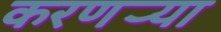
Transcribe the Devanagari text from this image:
करणर्‍या